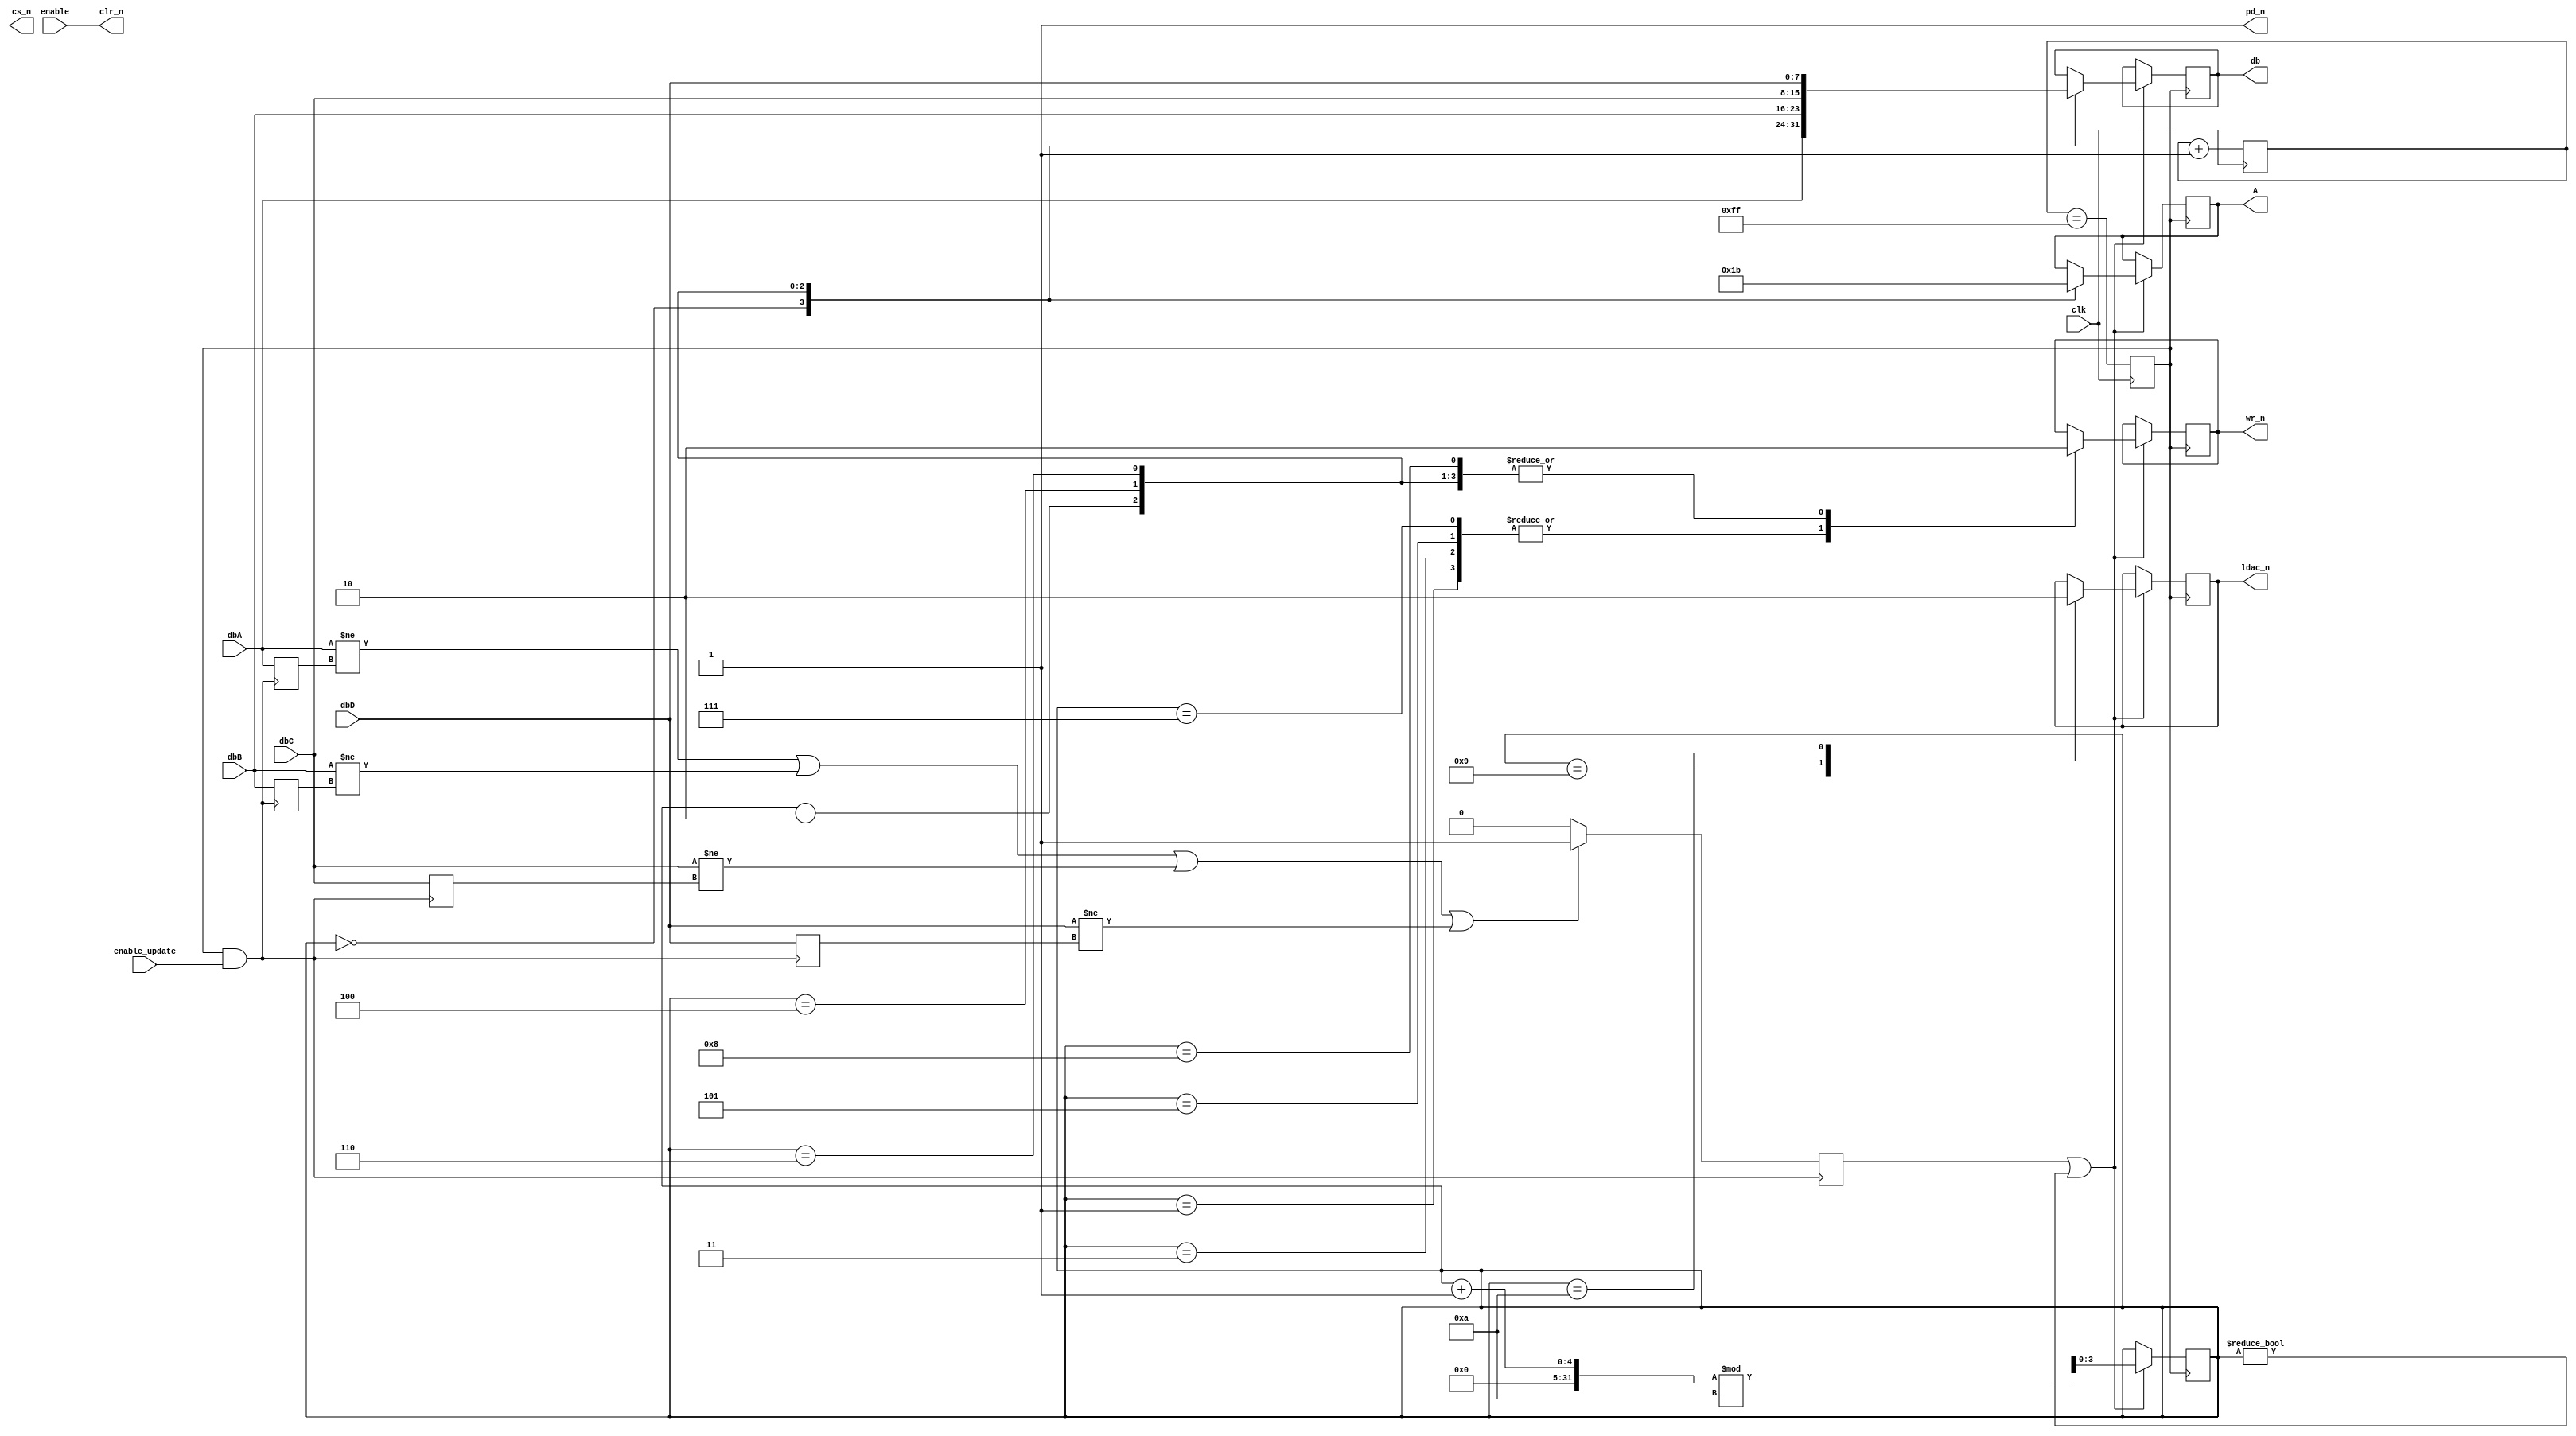
module dac_control
(
  input clk,
  input enable_update,
  input enable,
  input [7:0]dbA,
  input [7:0]dbB,
  input [7:0]dbC,
  input [7:0]dbD,
  output reg [7:0]db,
  output wire clr_n,
  output wire pd_n,
  output reg cs_n,
  output reg wr_n,
  output reg [1:0]A,
  output reg ldac_n
);

reg [7:0] clk_div;
reg clk_int;
always @(posedge clk) begin
  clk_div <= clk_div + 1;
  clk_int <= (clk_div == 8'HFF);
  /* if (clk_div == 8'HFF) */
  /*   clk_int <= 1; */
  /* else */
  /*   clk_int <= 0; */
end

assign clr_n = enable;
assign pd_n = 1;

reg [7:0]dbA_prev;
reg [7:0]dbB_prev;
reg [7:0]dbC_prev;
reg [7:0]dbD_prev;
reg update_trigger;

always @(posedge clk_int && enable_update) begin
  if ((dbA != dbA_prev) || (dbB != dbB_prev) || (dbC != dbC_prev) || (dbD != dbD_prev))
    update_trigger <= 1;
  else
    update_trigger <= 0;
  dbA_prev <= dbA;
  dbB_prev <= dbB;
  dbC_prev <= dbC;
  dbD_prev <= dbD;
end


reg [3:0] cntr;
always @(posedge clk_int) begin
  if ((update_trigger == 1) || (cntr != 0)) begin
    cntr <= (cntr + 1) % 10;

    case (cntr)
      0 : begin
        A <= 2'b00;
        db <= dbA;
      end
      1 :
        wr_n <= 1;
      2 : begin
        A <= 2'b01;
        db <= dbB;
        wr_n <= 0;
      end
      3 :
        wr_n <= 1;
      4 : begin
        A <= 2'b10;
        db <= dbC;
        wr_n <= 0;
      end
      5 :
        wr_n <= 1;
      6 : begin
        A <= 2'b11;
        db <= dbD;
        wr_n <= 0;
      end
      7 :
        wr_n <= 1;
      8 :
        wr_n <= 0;
      9 :
        ldac_n <= 1;
      10 :
        ldac_n <= 0;
    endcase
  end
end

endmodule